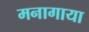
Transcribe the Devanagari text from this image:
मनागाया